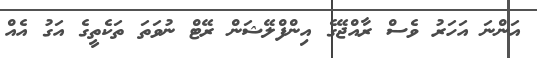
އަންނަ އަހަރު ވެސް ރާއްޖޭގެ އިންފްލޭޝަން ރޭޓް ނުވަތަ ތަކެތީގެ އަގު އެއް